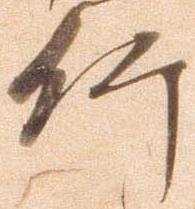
竹